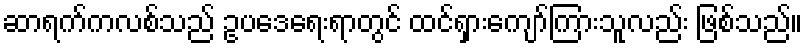
ဆာရက်ကလစ်သည် ဥပဒေရေးရာတွင် ထင်ရှားကျော်ကြားသူလည်း ဖြစ်သည်။